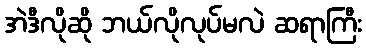
အဲဒီလိုဆို ဘယ်လိုလုပ်မလဲ ဆရာကြီး